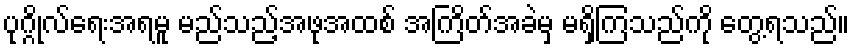
ပုဂ္ဂိုလ်ရေးအရမူ မည်သည့်အဖုအထစ် အကြိတ်အခဲမှ မရှိကြသည်ကို တွေ့ရသည်။